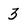
Character: 3